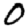
Digit: 0